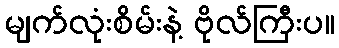
မျက်လုံးစိမ်းနဲ့ ဗိုလ်ကြီးပ။